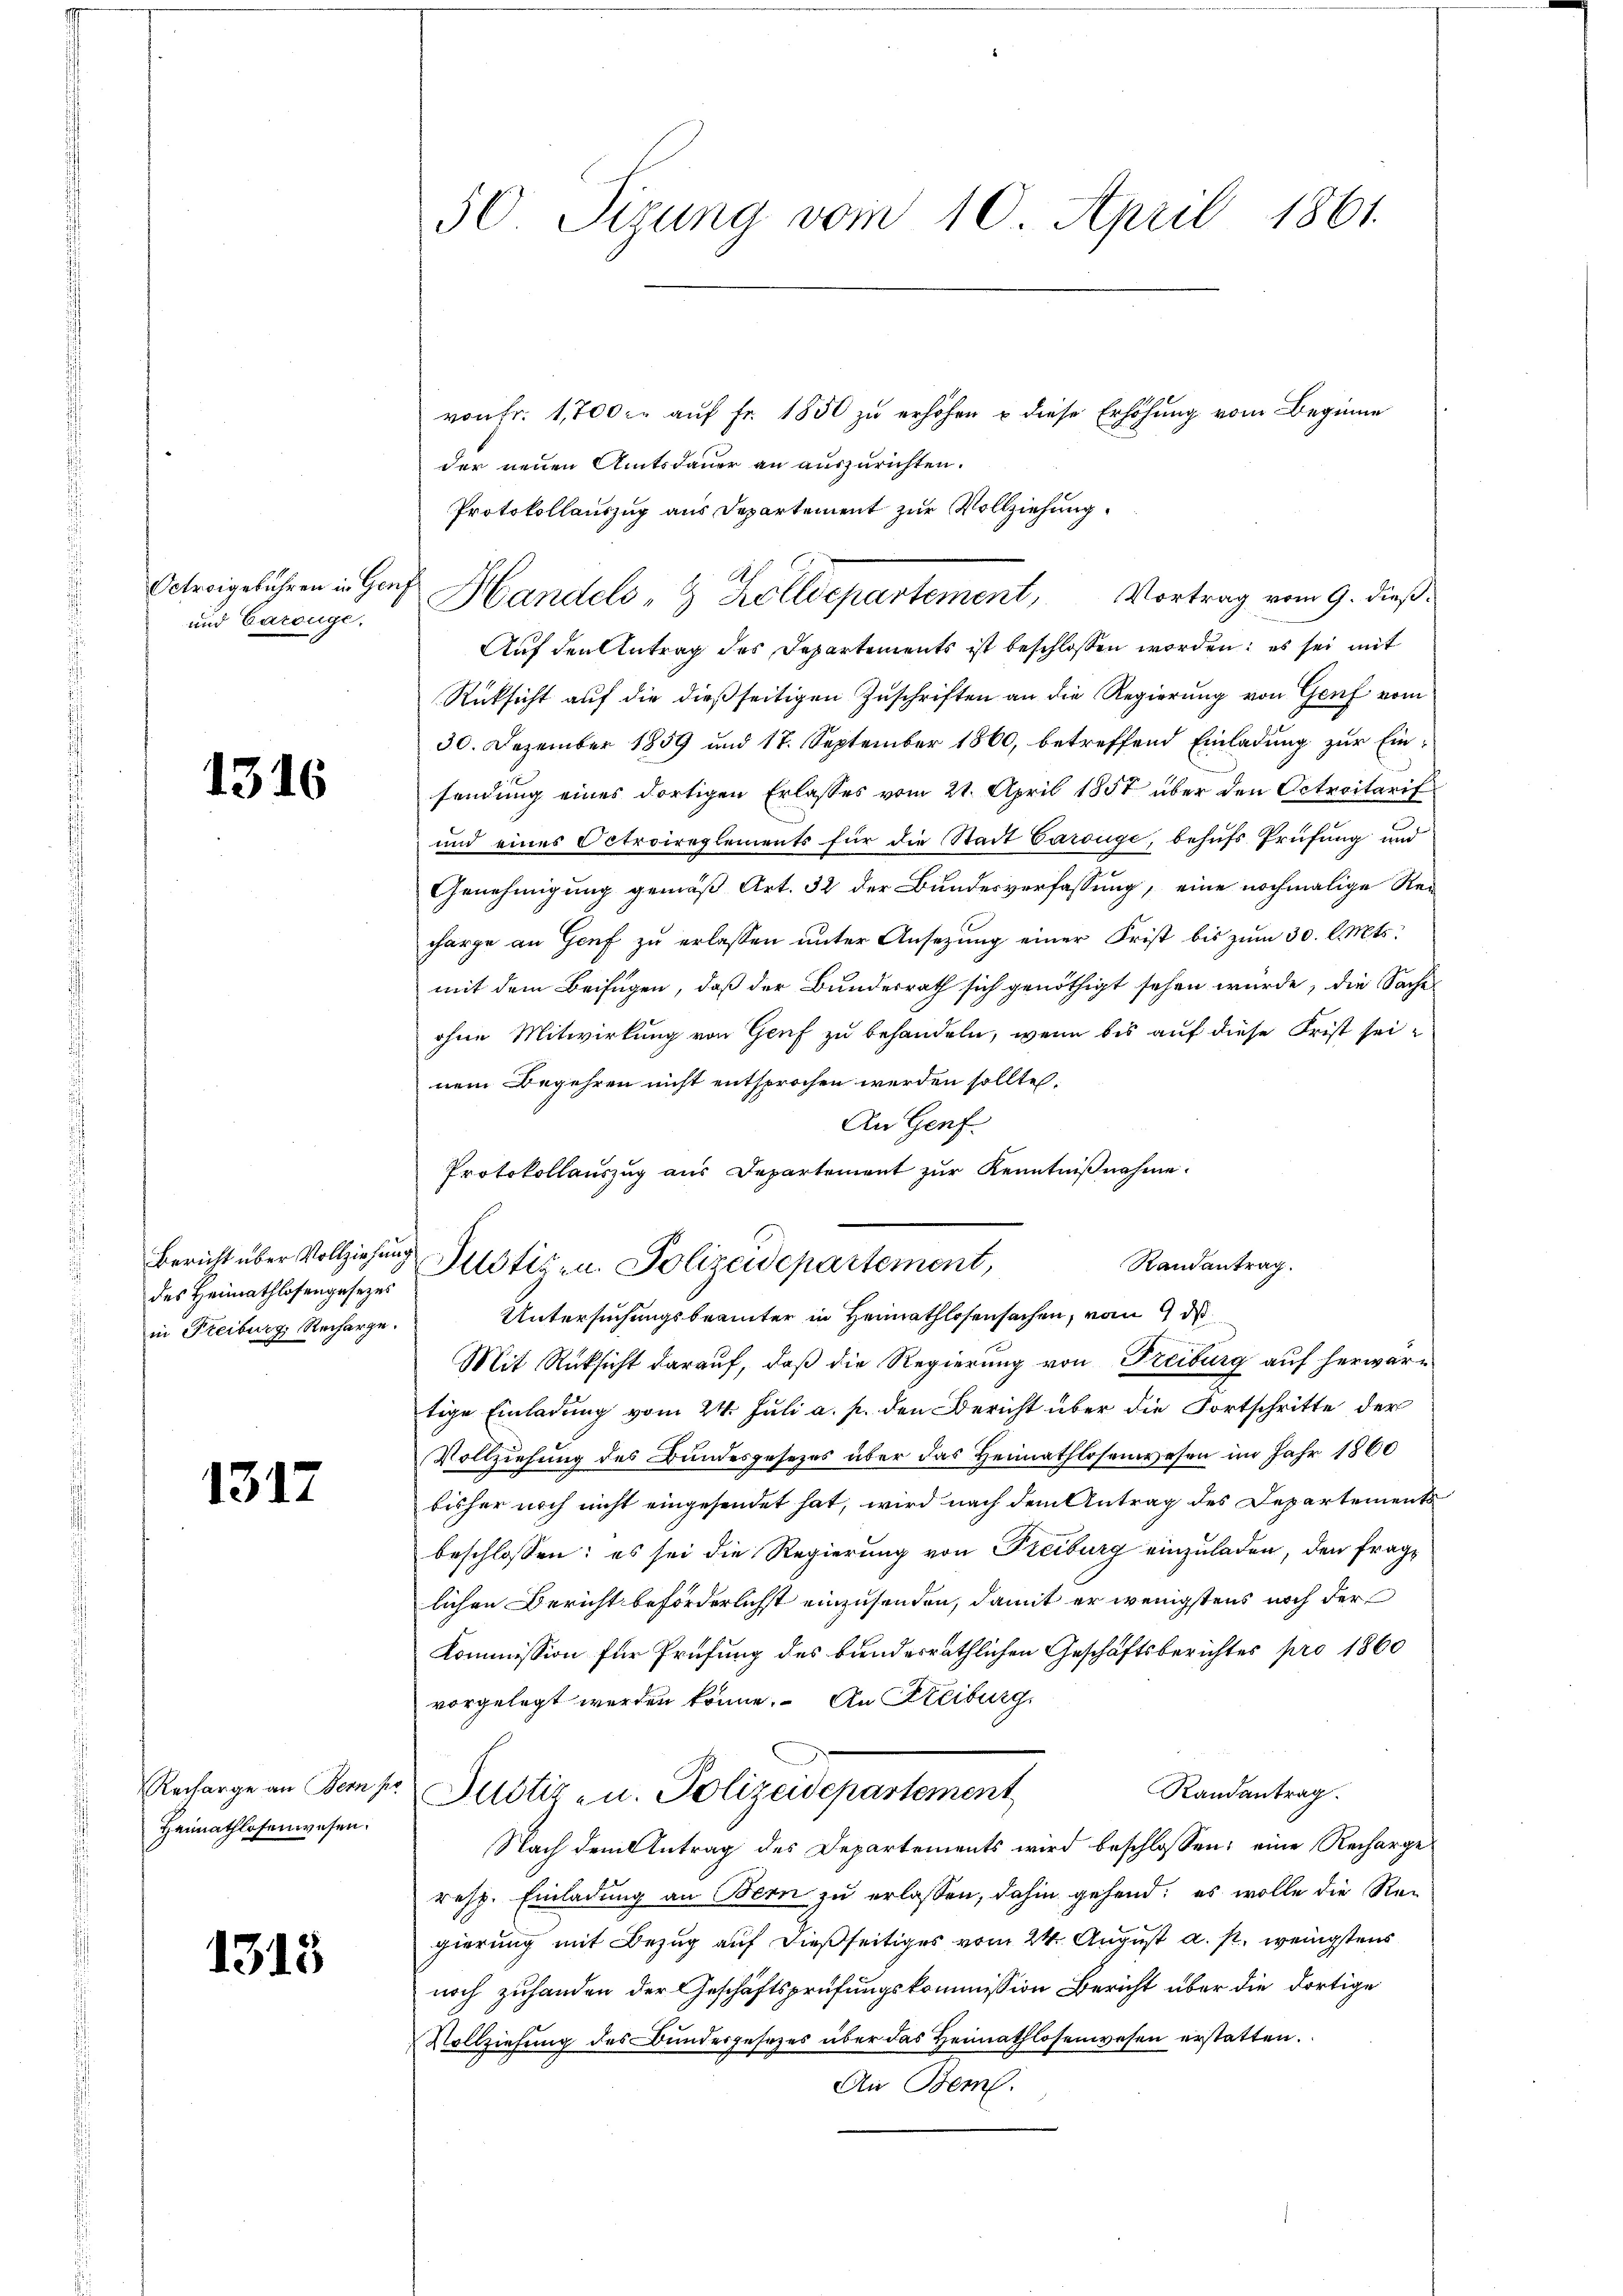
und Carouge.

1316

Bericht über Vollziehung
des Heimathlosengesezes
in Freiburg, Recharge.

1317

Heimathlosenwesen.

1315

50 Sizung vom 10. April 1861.

von fr. 1,700.- aŭf fr. 1850 zu erhöhen u diese Erhöhung vom Beginne
der neuen Amtsdauer an auszurichten.
Protokollauszug aus Departement zur Vollziehung.
Auf den Antrag des Departements ist beschlossen worden; es sei mit
Rücksicht auf die dießseitigen Zuschriften an die Regierung von Genf vom
30. Dezember 1859 und 17. September 1860, betreffend Einladung zur Ein-
sendung eines dortigen Erlasses vom 21. April 1857 über den Octreitarif
und eines Octroireglements für die Stadt Carouge, behufs Prüfung und
Genehmigung gemäß Art. 32 der Bundesverfassung, eine nochmalige Rei
charge an Genf zu erlassen unter Ansezung einer Frist bis zum 30. l. Mts.
mit dem Beifügen, daß der Bundesrath sich genöthigt sehen würde, die Saches
ohne Mitwirkung von Genf zu behandeln, wenn bis auf diese Frist seinem Begehren nicht entsprochen werden sollte.
An Genf.
Protokollauszug aus Departement zŭr Kenntniβnahme.

Mit Rücksicht darauf, daß die Regierung von Freiburg auf herwartige Einladung vom 24. Juli a. p. den Bericht über die Fortschritte der
Vollziehung des Bundesgesezes über das Heimathlosenwesen im Jahr 1860
bisher noch nicht eingesendet hat, wird nach dem Antrag des Departements
beschlossen: es sei die Regierung von Freiburg einzuladen, den fraglichen Bericht beförderlichst einzusenden, damit er wenigstens noch der
Kommission für Prüfung des bundesräthlichen Geschäftsberichtes pro 1860
vorgelegt werden könne. An Steiburg,
Randantrag.
Recharge an Bemer Justiz- u. Polizeidepartement
Nach dem Antrag des Departements wird beschlossen: eine Recharge¬
resp. Einladung an Bern zu erlassen, dahin gehend; es wolle die Re-
gierung mit Bezug auf dießseitiges vom 24. August a. p. wenigstens
noch zuhanden der Geschäftsprüfungskommission Bericht über die dortige
Vollziehung des Bundesgesezes über das Heimathlosenwesen erstatten.
An Bem

Randantrag.
Justizen. Polizeidepartement,
Untersuchungsbeamter in Heimathlosensachen, vom 9 d

Octeigebühren in Graf Handels- & Zolldepartement, Vortrag vom 9. dieß